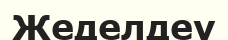
Жеделдеу